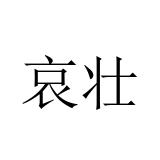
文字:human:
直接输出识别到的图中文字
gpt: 哀壮